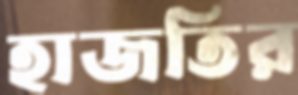
হাজতির